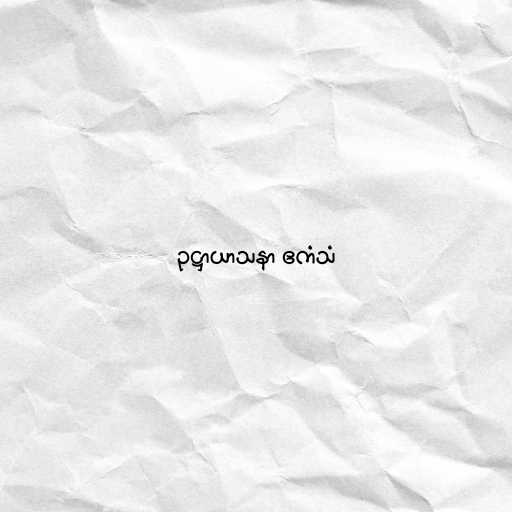
ဥဋ္ဌာယာသနာ ဧကံသံ